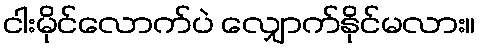
ငါးမိုင်လောက်ပဲ လျှောက်နိုင်မလား။